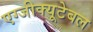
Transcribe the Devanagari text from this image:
एग्जीक्यूटेबल